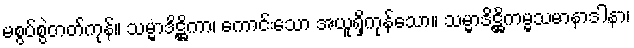
မစွပ်စွဲတတ်ကုန်။ သမ္မာဒိဋ္ဌိကာ၊ ကောင်းသော အယူရှိကုန်သော။ သမ္မာဒိဋ္ဌိကမ္မသမာနာဒါနာ၊